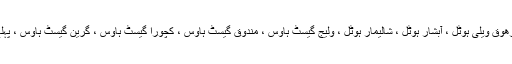
غازی ہوٹل ، لیک ویوہوٹل، نظارہ ہوٹل ، لیک گیسٹ ہوٹل ،ژھوق ویلی ہوٹل ، آبشار ہوٹل ، شالیمار ہوٹل ، ولیج گیسٹ ہاوس ، مندوق گیسٹ ہاوس ، کچورا گیسٹ ہاوس ، گرین گیسٹ ہاوس ، پہلے سے ہی مہمانوں کے لیے خدمات سرانجام دے رہے ہیں ۔